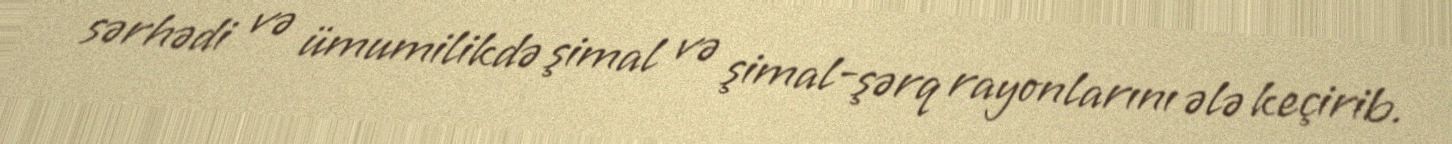
sərhədi və ümumilikdə şimal və şimal-şərq rayonlarını ələ keçirib.